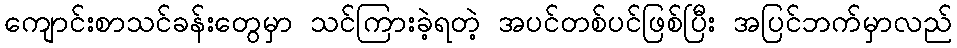
ကျောင်းစာသင်ခန်းတွေမှာ သင်ကြားခဲ့ရတဲ့ အပင်တစ်ပင်ဖြစ်ပြီး အပြင်ဘက်မှာလည်